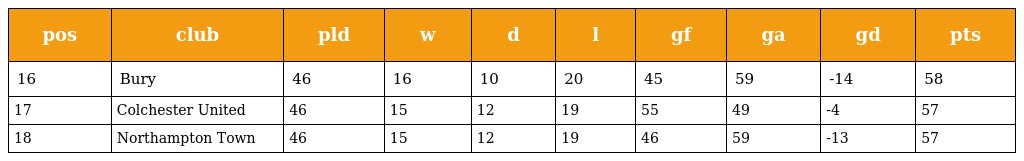
| pos | club | pld | w | d | l | gf | ga | gd | pts |
 | --- | --- | --- | --- | --- | --- | --- | --- | --- | --- |
 | 16 | Bury | 46 | 16 | 10 | 20 | 45 | 59 | -14 | 58 |
 | 17 | Colchester United | 46 | 15 | 12 | 19 | 55 | 49 | -4 | 57 |
 | 18 | Northampton Town | 46 | 15 | 12 | 19 | 46 | 59 | -13 | 57 |